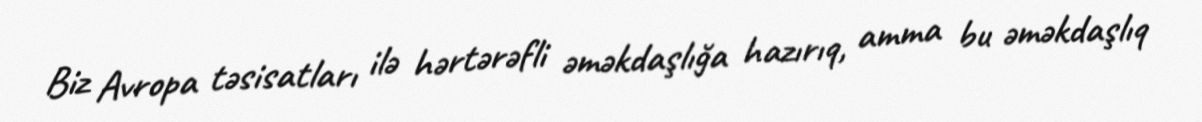
Biz Avropa təsisatları ilə hərtərəfli əməkdaşlığa hazırıq, amma bu əməkdaşlıq